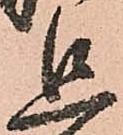
追